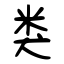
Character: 类